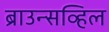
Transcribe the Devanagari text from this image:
ब्राउन्सव्हिल